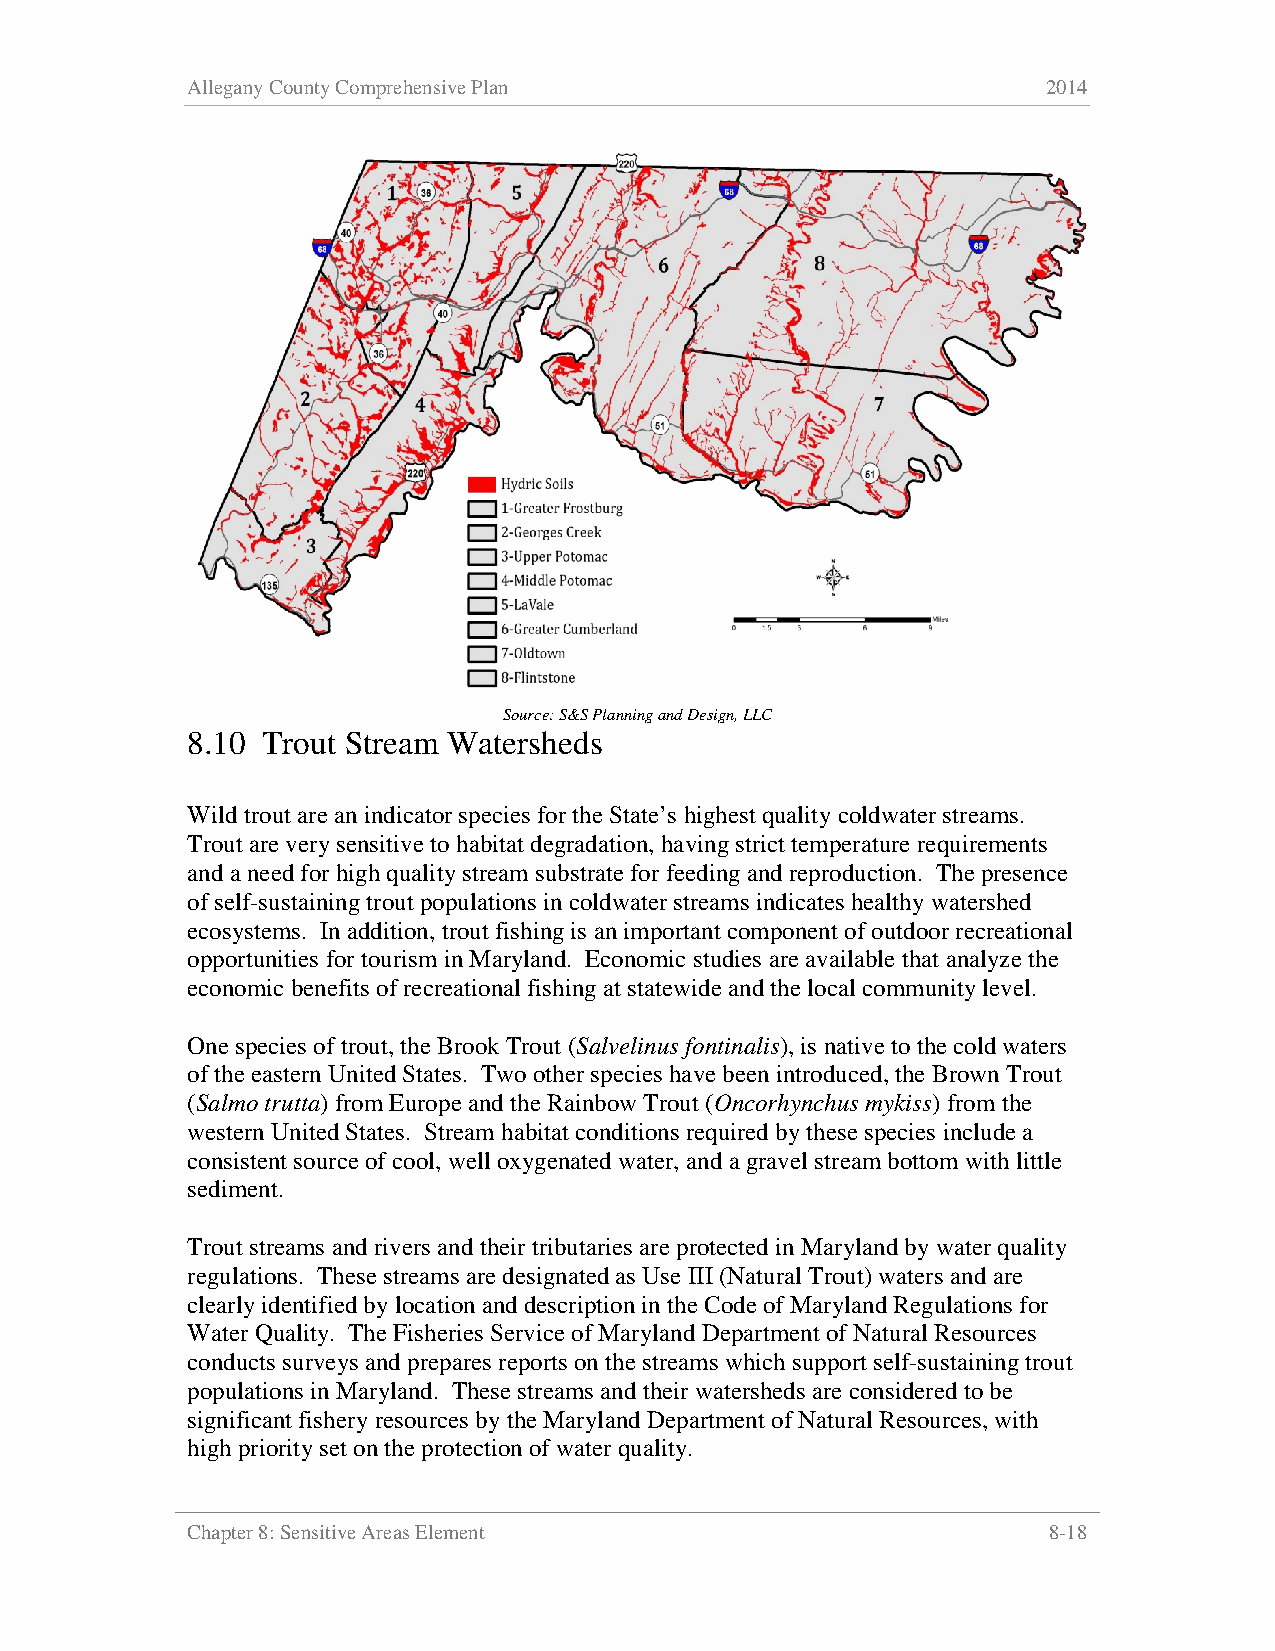
Allegany County Comprehensive Plan                       2014
 Source: S&S Planning and Design, LLC
 8.10 Trout Stream Watersheds
 Wild trout are an indicator species for the State’s highest quality coldwater streams.
 Trout are very sensitive to habitat degradation, having strict temperature requirements
 and a need for high quality stream substrate for feeding and reproduction. The presence
 of self-sustaining trout populations in coldwater streams indicates healthy watershed
 ecosystems. In addition, trout fishing is an important component of outdoor recreational
 opportunities for tourism in Maryland. Economic studies are available that analyze the
 economic benefits of recreational fishing at statewide and the local community level.
 One species of trout, the Brook Trout (Salvelinus fontinalis), is native to the cold waters
 of the eastern United States. Two other species have been introduced, the Brown Trout
 (Salmo trutta) from Europe and the Rainbow Trout (Oncorhynchus mykiss) from the
 western United States. Stream habitat conditions required by these species include a
 consistent source of cool, well oxygenated water, and a gravel stream bottom with little
 sediment.
 Trout streams and rivers and their tributaries are protected in Maryland by water quality
 regulations. These streams are designated as Use III (Natural Trout) waters and are
 clearly identified by location and description in the Code of Maryland Regulations for
 Water Quality. The Fisheries Service of Maryland Department of Natural Resources
 conducts surveys and prepares reports on the streams which support self-sustaining trout
 populations in Maryland. These streams and their watersheds are considered to be
 significant fishery resources by the Maryland Department of Natural Resources, with
 high priority set on the protection of water quality.
 Chapter 8: Sensitive Areas Element                       8-18